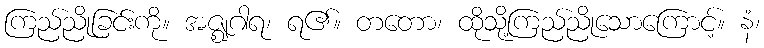
ကြည်ညိုခြင်းကို။ အဇ္ဈဂါရ၊ ရ၏။ တတော၊ ထိုသို့ကြည်ညိုသောကြောင့်။ နံ၊